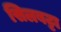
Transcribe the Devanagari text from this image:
सिलबट्टा